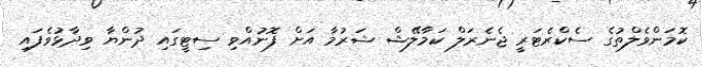
ކޮމަންވެލްތުގެ ސެކްރެޓަރީ ޖެނެރަލް ކަމާލޭޝް ޝަރުމާ އަށް ފޮނުއްވި ސިޓީގައި ދުންޔާ ވިދާޅުވެފައި